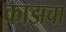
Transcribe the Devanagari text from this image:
काझचा